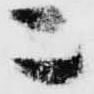
ニ